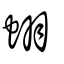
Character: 蛡